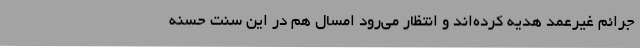
جرائم غیرعمد هدیه کرده‌اند و انتظار می‌رود امسال هم در این سنت حسنه